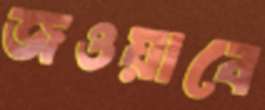
জওয়াবে